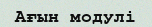
Ағын модулі